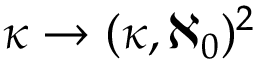
\kappa \rightarrow ( \kappa , \aleph _ { 0 } ) ^ { 2 }